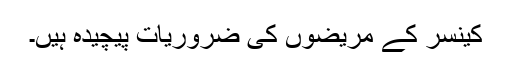
کینسر کے مریضوں کی ضروریات پیچیدہ ہیں۔